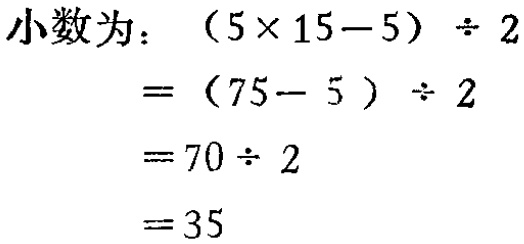
小数为：\((5\times 15 - 5)\div 2\)
\(=(75 - 5)\div 2\)
\(=70\div 2\)
\(=35\)